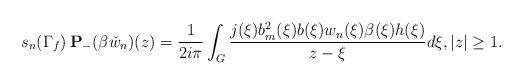
LaTeX: \begin{align*}s_n(\Gamma_f)\,{\bf P}_-(\beta \check{w}_n)(z)=\frac{1}{2i\pi}\int_{G}\frac{j(\xi)b^2_m(\xi) b(\xi) w_n(\xi)\beta(\xi)h(\xi)}{z-\xi}d\xi,|z|\geq1.\end{align*}